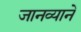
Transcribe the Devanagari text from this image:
जानव्याने